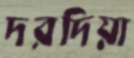
দরদিয়া